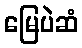
မြေပဲဆံ